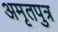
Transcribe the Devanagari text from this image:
अमृतपुत्र